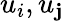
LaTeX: u_{i},u_{\mathbf{j}}